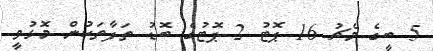
5 ބީގެ މެޗު 16 ޕޮޓު 2 ޕޮޓުގެ ބޮޑު ތަފާތަކުން މޮޅުވީ